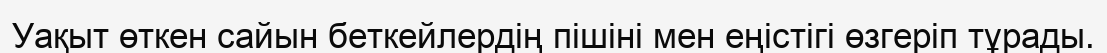
Уақыт өткен сайын беткейлердің пішіні мен еңістігі өзгеріп тұрады.